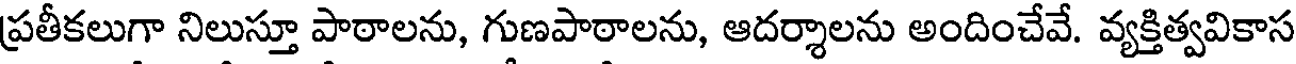
ప్రతీకలుగా నిలుస్తూ పాఠాలను, గుణపాఠాలను, ఆదర్శాలను అందించేవే. వ్యక్తిత్వవికాస